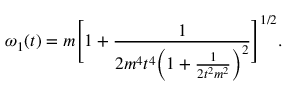
\omega _ { 1 } ( t ) = m \Biggl [ 1 + \frac { 1 } { 2 m ^ { 4 } t ^ { 4 } \Bigl ( 1 + \frac { 1 } { 2 t ^ { 2 } m ^ { 2 } } \Bigr ) ^ { 2 } } \Biggr ] ^ { 1 / 2 } .